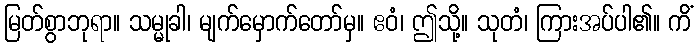
မြတ်စွာဘုရာ။ သမ္မုခါ၊ မျက်မှောက်တော်မှ။ ဧဝံ၊ ဤသို့။ သုတံ၊ ကြားအပ်ပါ၏။ ကိံ